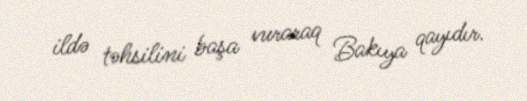
ildə təhsilini başa vuraraq Bakıya qayıdır.